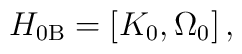
H_{0\mathrm{B}}=\left[ K_{0},\Omega _{0}\right] ,